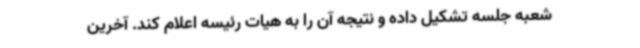
شعبه جلسه تشکیل داده و نتیجه آن را به هیات رئیسه اعلام کند. آخرین